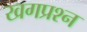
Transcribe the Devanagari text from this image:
खगप्रश्न